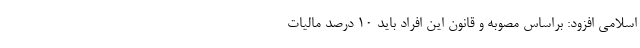
اسلامی افزود: براساس مصوبه و قانون این افراد باید 10 درصد مالیات